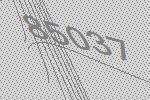
85037